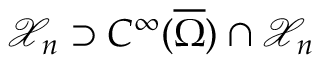
\mathcal X _ { n } \supset C ^ { \infty } ( \overline { { \Omega } } ) \cap \mathcal X _ { n }